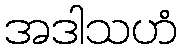
အဒါသဟံ